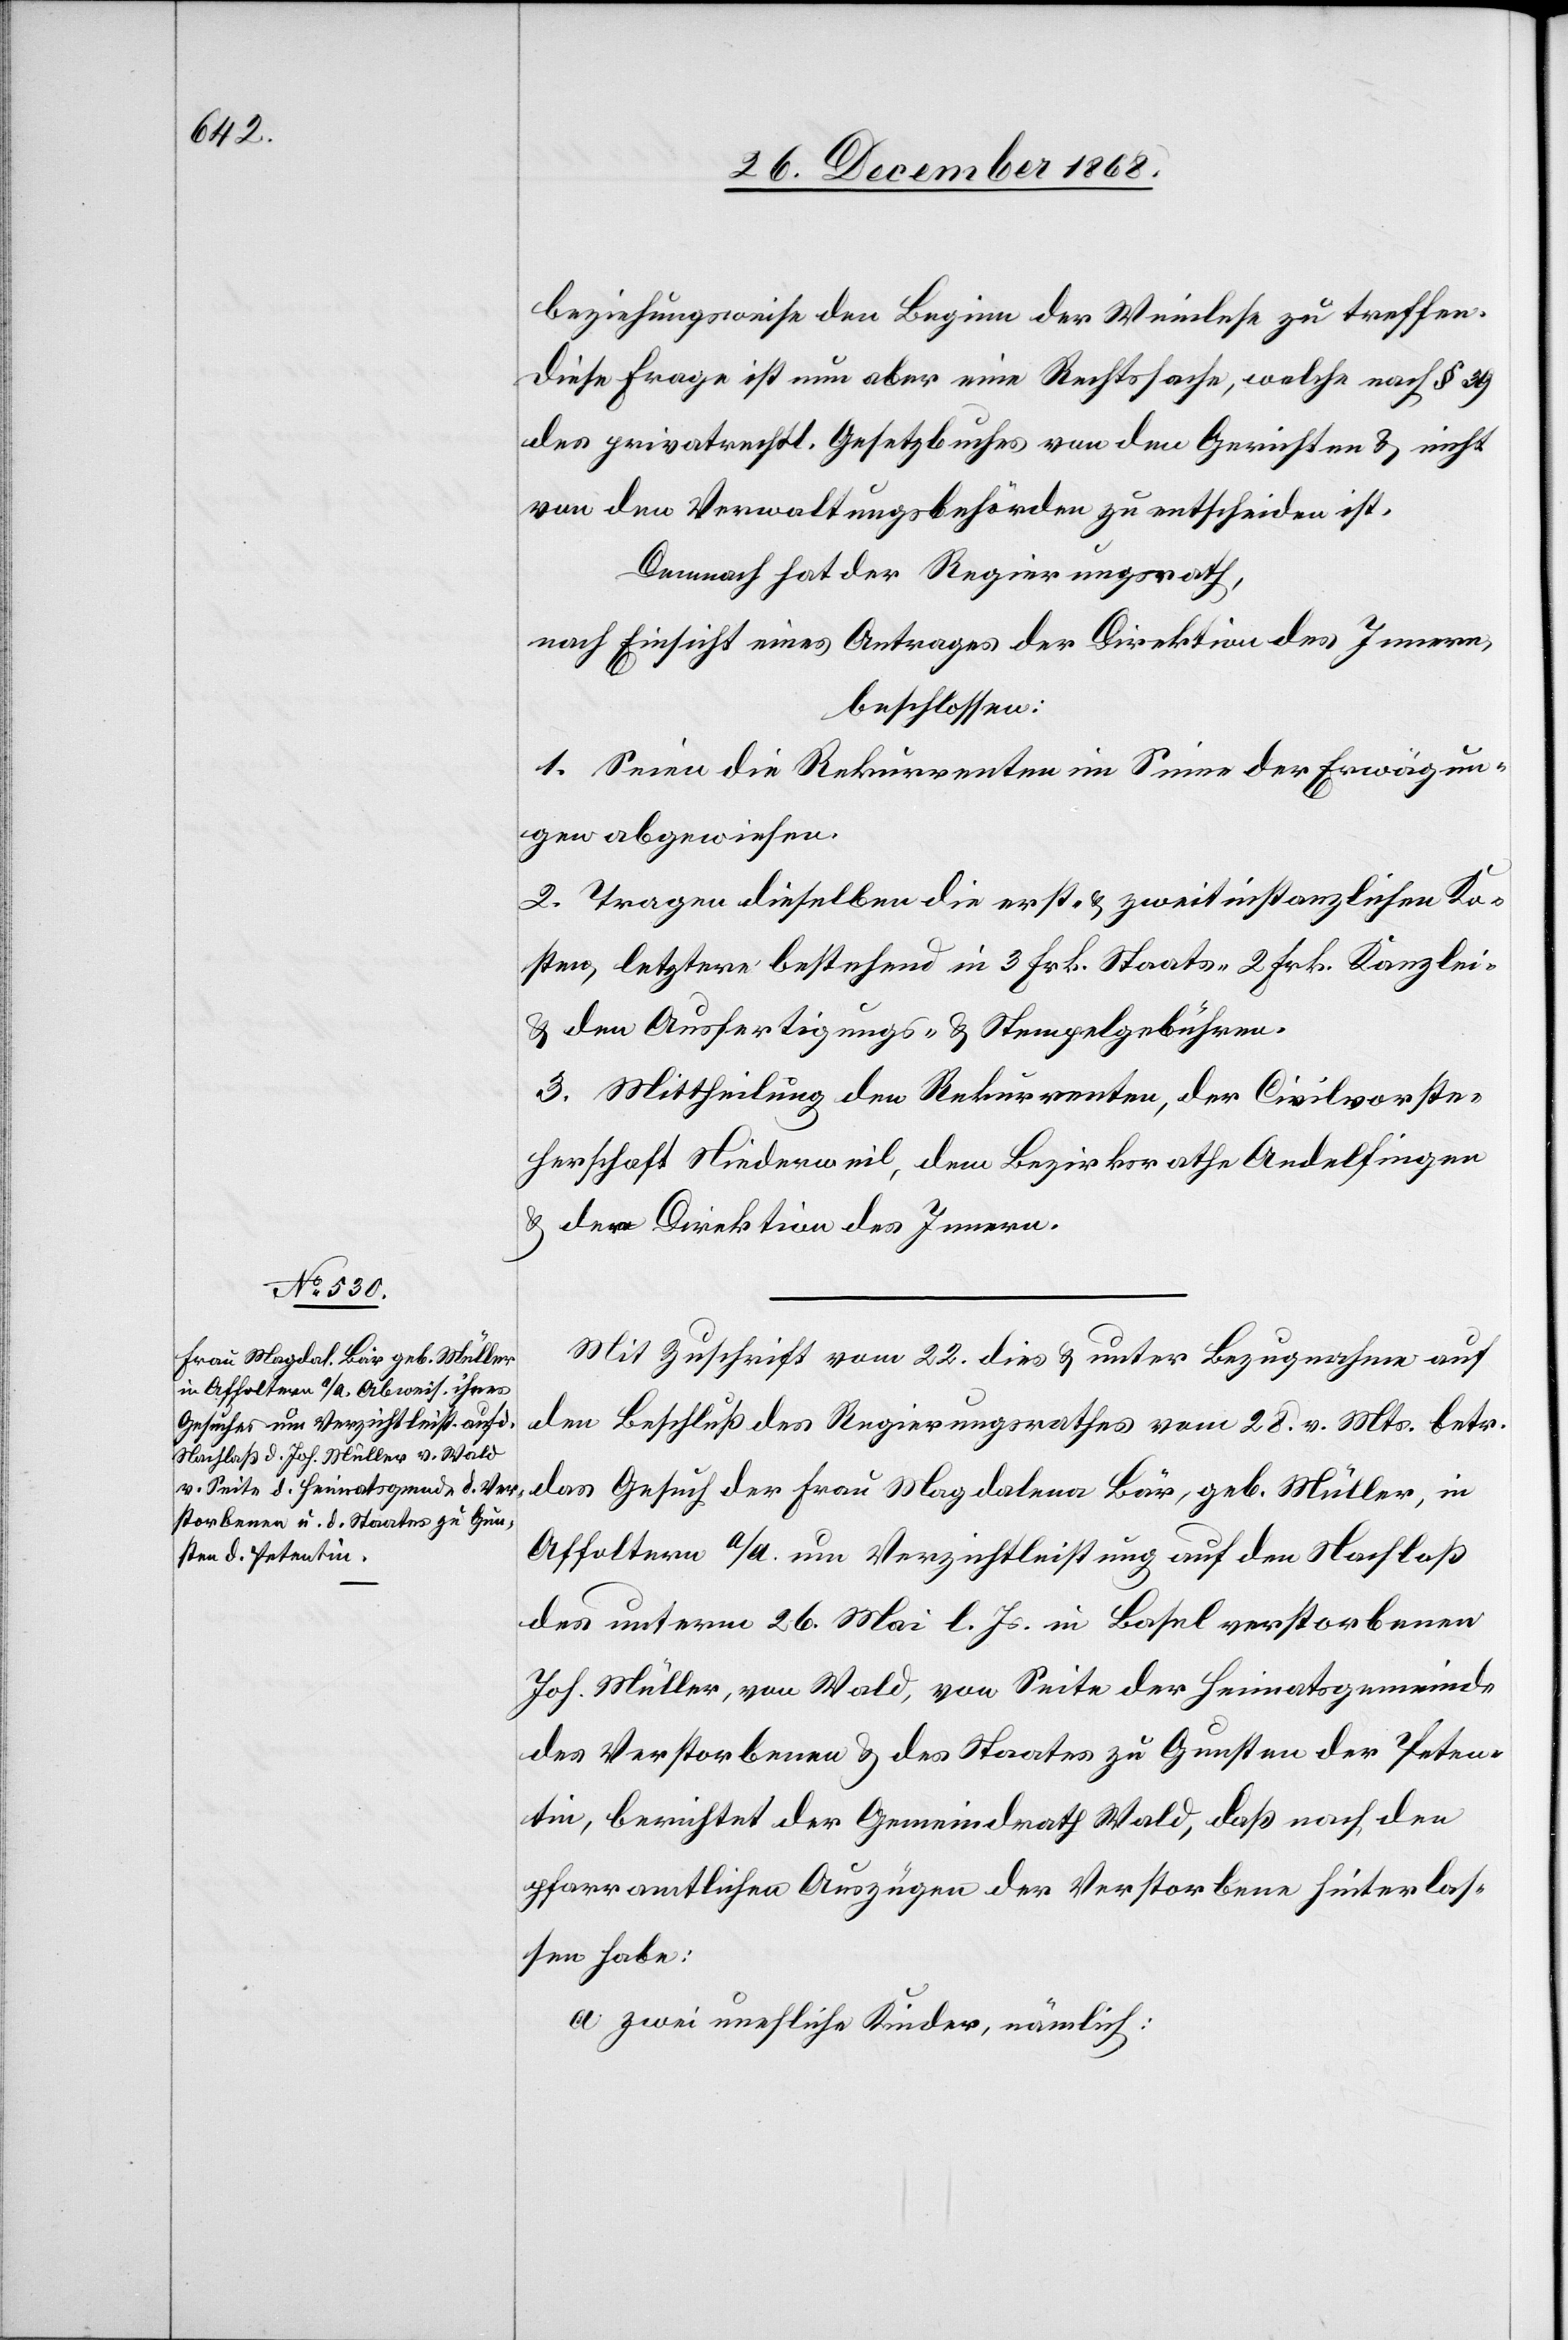
beziehungsweise den Beginn der Weinlese zu treffen.
Diese Frage ist nun aber eine Rechtssache, welche nach § 39
des privatrechtl. Gesetzbuches von den Gerichten & nicht
von den Verwaltungsbehörden zu entscheiden ist.
Demnach hat der Regierungsrath,
nach Einsicht eines Antrages der Direktion des Innern,
beschlossen:
1. Seien die Rekurrenten im Sinne der Erwägun¬
gen abgewiesen.
2. Tragen dieselben die erst- & zweitinstanzlichen Ko¬
sten, letztere bestehend in 3 Frk. Staats-[,] 2 Frk. Kanzlei-
& den Ausfertigungs- & Stempelgebühren.
3. Mittheilung den Rekurrenten, der Civilvorste¬
herschaft Niederweil, dem Bezirksrathe Andelfingen
& der Direktion des Innern.
Mit Zuschrift vom 22. dies & unter Bezugnahme auf
den Beschluß des Regierungsrathes vom 28. v. Mts. betr.
das Gesuch der Frau Magdalena Bär, geb. Müller, in
Affoltern a/A. um Verzichtleistung auf den Nachlaß
des unterm 26. Mai l. Js. in Basel verstorbenen
Joh. Müller, von Wald, von Seite der Heimatsgemeinde
des Verstorbenen & des Staates zu Gunsten der Peten¬
tin, berichtet der Gemeindrath Wald, daß nach den
pfarramtlichen Auszügen der Verstorbene hinterlas¬
sen habe:
zwei unehliche Kinder, nämlich: